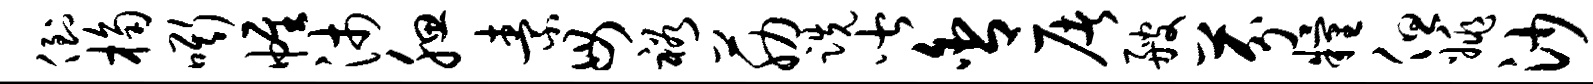
倒桷嘶帷沛腮素毋裕筋跣皆舍屠艘芬粮但姚沙